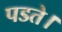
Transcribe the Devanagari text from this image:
पडते।